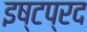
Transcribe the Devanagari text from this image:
इष्टप्रद